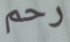
رحم